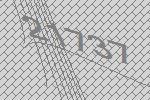
21737